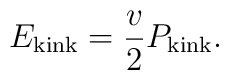
E_{\rm kink} = \frac v2 P_{\rm kink}.